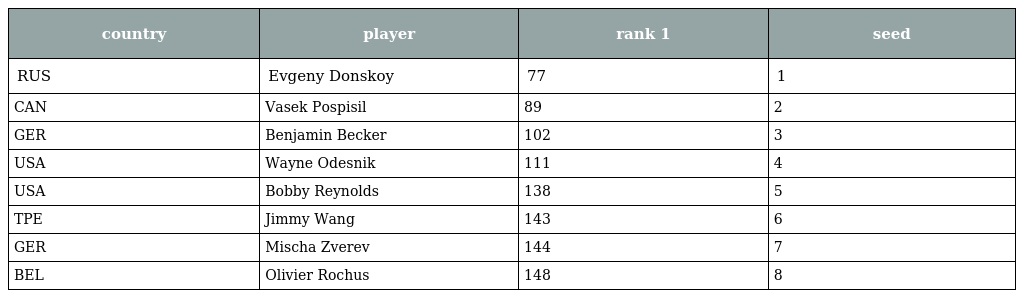
| country | player | rank 1 | seed |
 | --- | --- | --- | --- |
 | RUS | Evgeny Donskoy | 77 | 1 |
 | CAN | Vasek Pospisil | 89 | 2 |
 | GER | Benjamin Becker | 102 | 3 |
 | USA | Wayne Odesnik | 111 | 4 |
 | USA | Bobby Reynolds | 138 | 5 |
 | TPE | Jimmy Wang | 143 | 6 |
 | GER | Mischa Zverev | 144 | 7 |
 | BEL | Olivier Rochus | 148 | 8 |